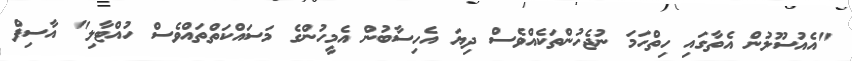
"އެއުސޫލުން އެތާގައި ހިތްހަމަ ނުޖެހުންތަކެއްވެސް ދިޔަ އެހިސާބުން އެމީހުންގެ މަސައްކަތްތައްވެސް ހުއްޓާލި" އާސިފް